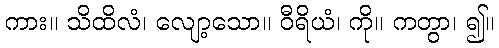
ကား။ သိထိလံ၊ လျော့သော။ ဝီရိယံ၊ ကို။ ကတွာ၊ ၍။